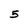
Character: 5